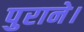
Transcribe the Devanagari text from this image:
पुराने।